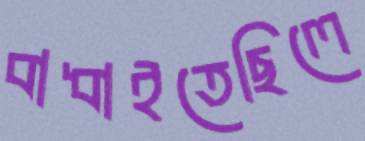
বাধাইতেছিলে